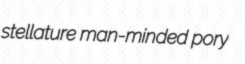
stellature man-minded pory